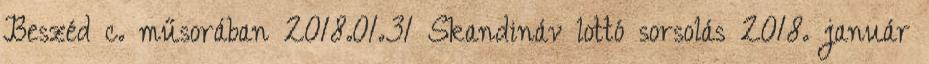
Beszéd c. műsorában 2018.01.31 Skandináv lottó sorsolás 2018. január